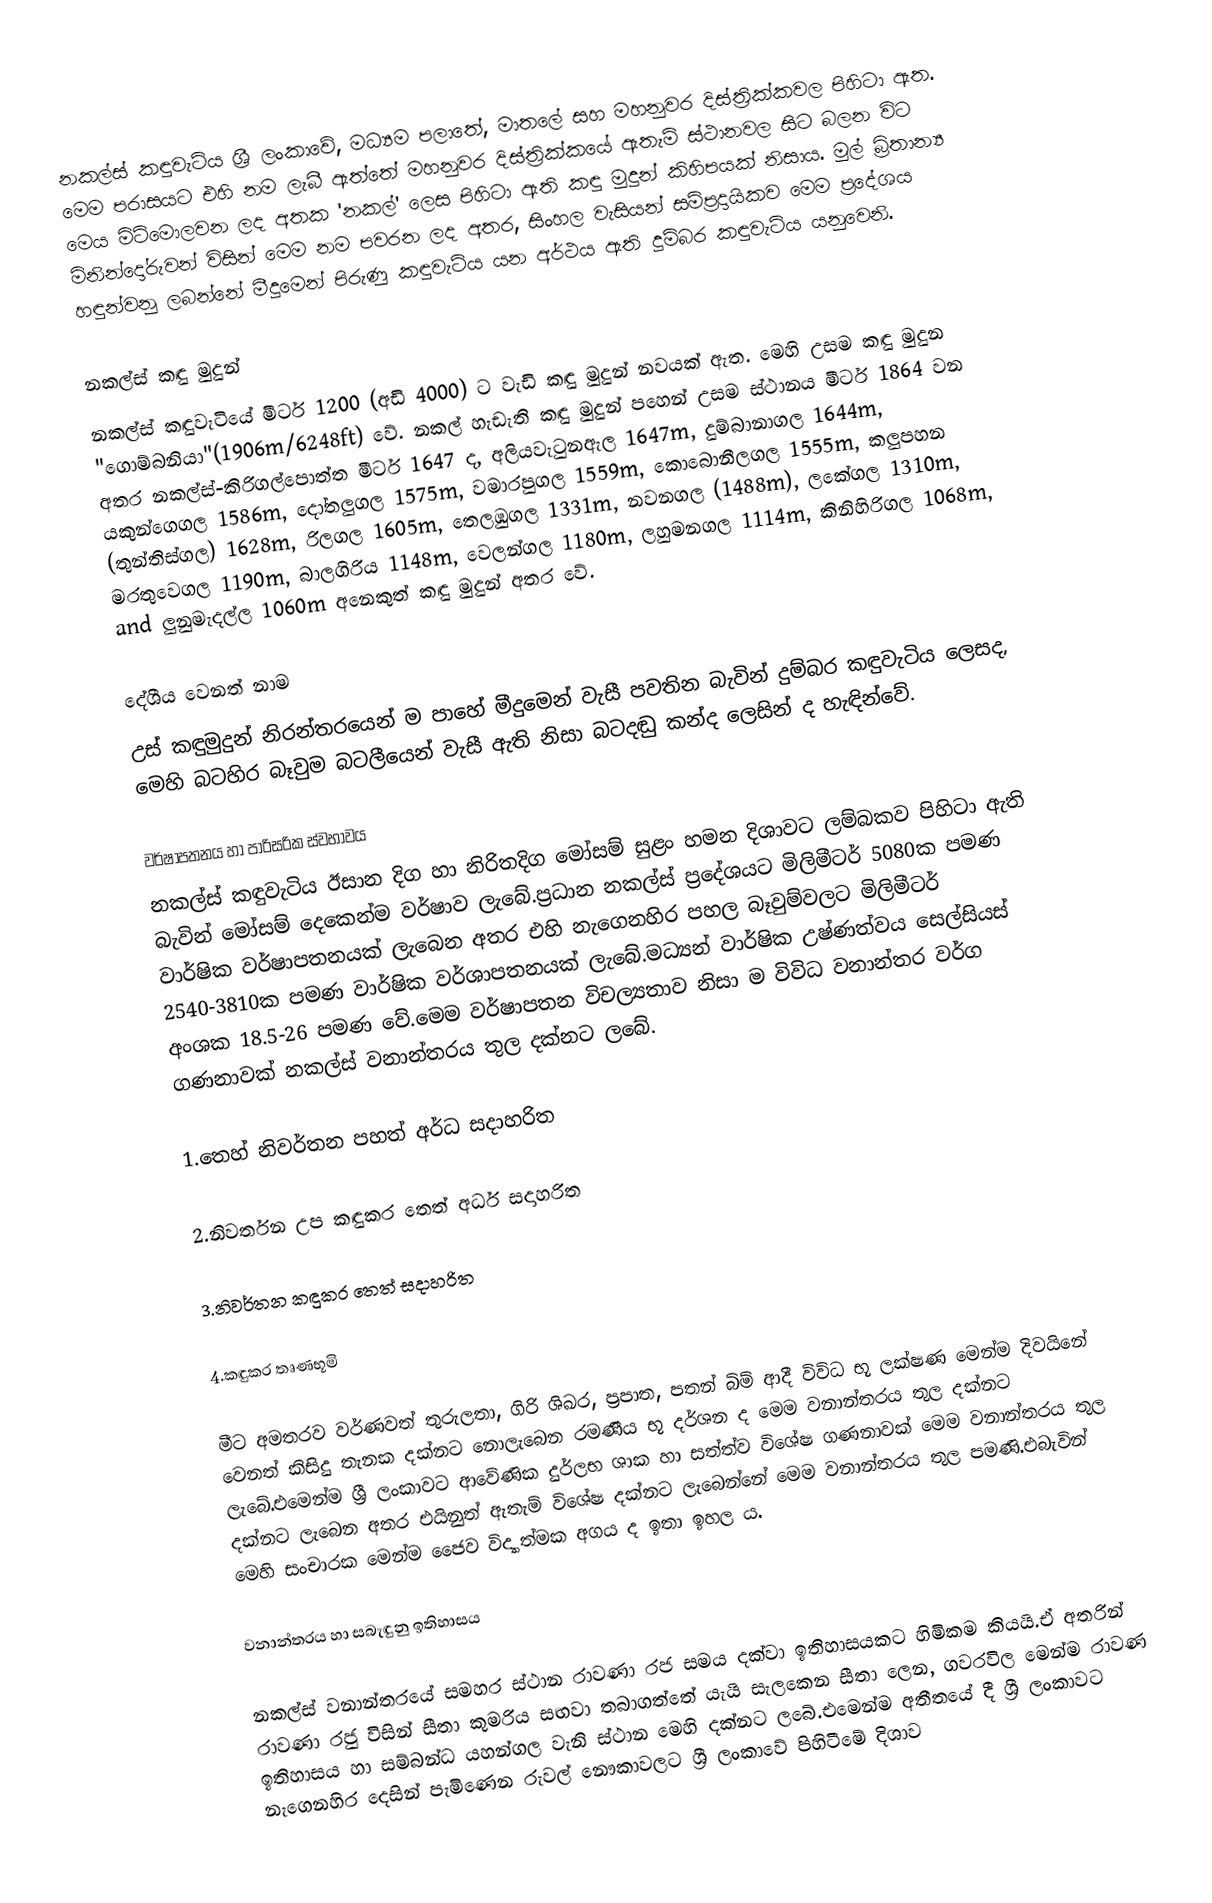
නකල්ස් කඳුවැටිය ශ්‍රී ලංකාවේ, මධ්‍යම පලාතේ, මාතලේ සහ මහනුවර දිස්ත්‍රික්කවල පිහිටා ඇත. මෙම පරාසයට එහි නම ලැබී ඇත්තේ මහනුවර දිස්ත්‍රික්කයේ ඇතැම් ස්ථානවල සිට බලන විට මෙය මිටිමොලවන ලද අතක 'නකල්' ලෙස පිහිටා ඇති කඳු මුදුන් කිහිපයක් නිසාය. මුල් බ්‍රිතාන්‍ය මිනින්දෝරුවන් විසින් මෙම නම පවරන ලද අතර, සිංහල වැසියන් සම්ප්‍රදායිකව මෙම ප්‍රදේශය හඳුන්වනු ලබන්නේ මීදුමෙන් පිරුණු කඳුවැටිය යන අර්ථය ඇති දුම්බර කඳුවැටිය යනුවෙනි.

නකල්ස් කඳු මුදුන්
නකල්ස් කඳුවැටියේ මීටර් 1200 (අඩි 4000) ට වැඩි කඳු මුදුන් නවයක් ඇත. මෙහි උසම කඳු මුදුන "ගොම්බනියා"(1906m/6248ft) වේ. නකල් හැඩැති කඳු මුදුන් පහෙන් උසම ස්ථානය මීටර් 1864 වන අතර නකල්ස්-කිරිගල්පොත්ත මීටර් 1647 ද, අලියවැටුනඇල 1647m, දුම්බානාගල 1644m, යකුන්ගෙගල 1586m, දෝතලුගල 1575m, වමාරපුගල 1559m, කොබොනීලගල 1555m, කලුපහන (තුන්තිස්ගල) 1628m, රිලගල 1605m, තෙලඹුගල 1331m, නවනගල (1488m), ලකේගල 1310m, මරතුවෙගල 1190m, බාලගිරිය 1148m, වෙලන්ගල 1180m, ලහුමනගල 1114m, කිනිහිරිගල 1068m, and ලුනුමැදල්ල 1060m අනෙකුත් කඳු මුදුන් අතර වේ.

දේශීය වෙනත් නාම
උස් කඳුමුදුන් නිරන්තරයෙන් ම පාහේ මීදුමෙන් වැසී පවතින බැවින් දුම්බර කඳුවැටිය ලෙසද, මෙහි බටහිර බෑවුම බටලීයෙන් වැසී ඇති නිසා බටදඬු කන්ද ලෙසින් ද හැඳින්වේ.

වර්ෂාපතනය හා පාරිසරික ස්වභාවය
නකල්ස් කඳුවැටිය ඊසාන දිග හා නිරිතදිග මෝසම් සුළං හමන දිශාවට ලම්බකව පිහිටා ඇති බැවින් මෝසම් දෙකෙන්ම වර්ෂාව ලැබේ.ප්‍රධාන නකල්ස් ප්‍රදේශයට මිලිමීටර් 5080ක පමණ වාර්ෂික වර්ෂාපතනයක් ලැබෙන අතර එහි නැගෙනහිර පහල බෑවුම්වලට මිලිමීටර් 2540-3810ක පමණ වාර්ෂික වර්ශාපතනයක් ලැබේ.මධ්‍යන්‍ වාර්ෂික උෂ්ණත්වය සෙල්සියස් අංශක 18.5-26 පමණ වේ.මෙම වර්ෂාපතන විචල්‍යතාව නිසා ම විවිධ වනාන්තර වර්ග ගණනාවක් නකල්ස් වනාන්තරය තුල දක්නට ලබේ.

1.තෙහ් නිවර්තන පහත් අර්ධ සදාහරිත

2.නිවර්තන උප කඳුකර තෙත් අර්ධ සදාහරිත

3.නිවර්තන කඳුකර තෙත් සදාහරිත

4.කඳුකර තෘණභූමි

මීට අමතරව වර්ණවත් තුරුලතා, ගිරි ශිඛර, ප්‍රපාත, පතන් බිම් ආදී විවිධ භූ ලක්ෂණ මෙන්ම දිවයිනේ වෙනත් කිසිදු තැනක දක්නට නොලැබෙන රමණීය භූ දර්ශන ද මෙම වනාන්තරය තුල දක්නට ලැබේ.එමෙන්ම ශ්‍රී ලංකාවට ආවේණික දුර්ලභ ශාක හා සත්ත්ව විශේෂ ගණනාවක් මෙම වනාන්තරය තුල දක්නට ලැබෙන අතර එයිනුත් ඇතැම් විශේෂ දක්නට ලැබෙන්නේ මෙම වනාන්තරය තුල පමණි.එබැවින් මෙහි සංචාරක මෙන්ම ජෛව විද්‍යාත්මක අගය ද ඉතා ඉහල ය.

වනාන්තරය හා සබැඳුනු ඉතිහාසය

නකල්ස් වනාන්තරයේ සමහර ස්ථාන රාවණා රජ සමය දක්වා ඉතිහාසයකට හිමිකම කියයි.ඒ අතරින් රාවණා රජු විසින් සීතා කුමරිය සඟවා තබාගත්තේ යැයි සැලකෙන සීතා ලෙන, ගවරවිල මෙන්ම රාවණ ඉතිහාසය හා සම්බන්ධ යහන්ගල වැනි ස්ථාන මෙහි දක්නට ලබේ.එමෙන්ම අතීතයේ දී ශ්‍රී ලංකාවට නැගෙනහිර දෙසින් පැමිණෙන රුවල් නෞකාවලට ශ්‍රී ලංකාවේ පිහිටීමේ දිශාව